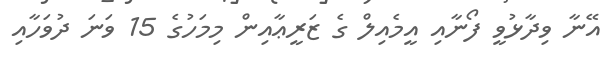
އޭނާ ވިދާޅުވީ ފޯނާއި އީމެއިލް ގެ ޒަރީޢާއިން މިމަހުގެ 15 ވަނަ ދުވަހާއި